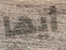
أيها